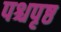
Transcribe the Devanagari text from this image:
पश्चपृष्ठ